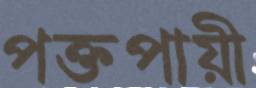
পক্তপায়ী